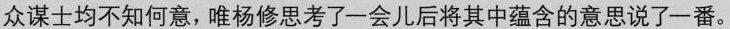
众谋士均不知何意，唯杨修思考了一会儿后将其中蕴含的意思说了-番。